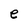
Character: e